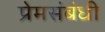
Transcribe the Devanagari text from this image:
प्रेमसंबंधी